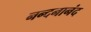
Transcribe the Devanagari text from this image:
नन्दनानंद